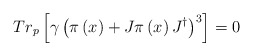
\begin{align*}Tr_p\left[ \gamma \left( \pi \left( x\right) +J\pi \left( x\right)J^{\dagger }\right) ^3\right] =0\end{align*}